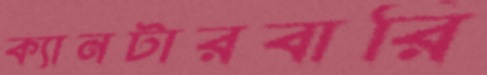
ক্যানটারবারি